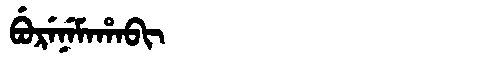
Manchu: ᠪᡠᡵᡝᠨᡝᠮᠠᡥᠠᠪᡳ
Romanization: BURENEMAHABI